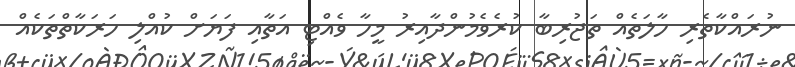
ނުރައްކާތެރި ހާލަތެއް ތަޖުރިބާ ކުރެވެމުންދާއިރު މީހާ ވެއްޓި އަތާއި ފަޔަށް ކުއްލި ހަރަކާތްތަކެއް